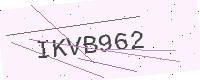
Text: IKVB962